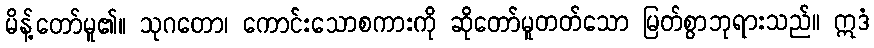
မိန့်တော်မူ၏။ သုဂတော၊ ကောင်းသောစကားကို ဆိုတော်မူတတ်သော မြတ်စွာဘုရားသည်။ ဣဒံ